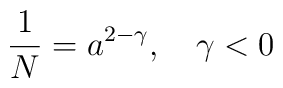
\frac 1N = a^{2-\gamma}, \quad \gamma < 0